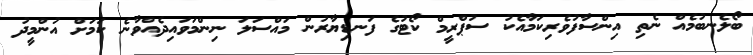
ބޯލެނބުމެއް ނެތި އިންސާފުވެރިކަމާއެކު ސުޕްރީމް ކޯޓުގެ ފަނޑިޔާރުން މައްސަލަ ނިންމަވައިދެއްވާނެ ކަމަށް އުންމީދު